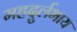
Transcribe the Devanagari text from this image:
महदुर्लभाय